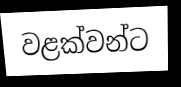
වළක්වන්ට